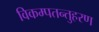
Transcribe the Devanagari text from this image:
विकम्पतन्तुहरण